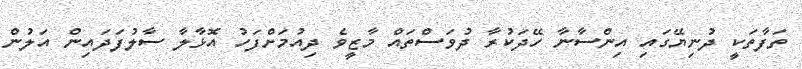
ތަފާތަކީ ދުނިޔޭގައި އިންސާނާ ހޭދަކުރާ ދުވަސްތައް މާޒީވެ ދިއުމަށްފަހު އޮޅާލާ ސާލުފަދައިން އަލުން